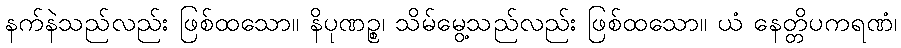
နက်နဲသည်လည်း ဖြစ်ထသော။ နိပုဏဉ္စ၊ သိမ်မွေ့သည်လည်း ဖြစ်ထသော။ ယံ နေတ္တိပကရဏံ၊